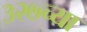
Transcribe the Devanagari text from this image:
३२७च्या